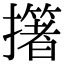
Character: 𢷷